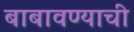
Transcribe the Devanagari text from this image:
बाबावण्याची